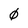
Character: 0